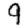
Digit: 9